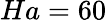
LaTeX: Ha=60